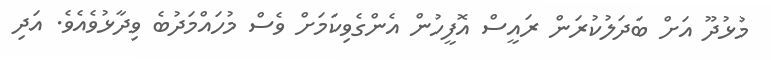
މުޅުދޫ އަށް ބަދަލުކުރަން ރައީސް އޮފީހުން އެންގެވިކަމަށް ވެސް މުހައްމަދުބެ ވިދާޅުވެއެވެ. އަދި